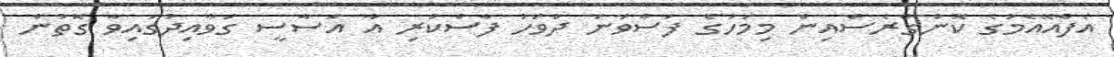
އެފްއޭއެމުގެ ކޮންގްރެސްއިން މިމަހުގެ ފަސްވަަނަ ދުވަހު ފާސްކުރި އާ އަސާސީ ގަވާއިދުގައިވާ ގޮތުން